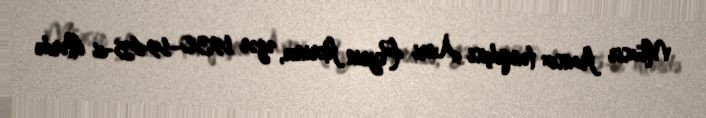
Müasir fransız tənqidçisi Anri Peyrin fikrincə, əgər 1930–1945-ci illərdə